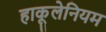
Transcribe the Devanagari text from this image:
हाकूलेनियम